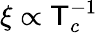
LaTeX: \xi\propto\mathsf{T}_{c}^{-1}